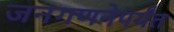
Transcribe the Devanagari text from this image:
जनगणनेपर्यंत